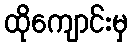
ထိုကျောင်းမှ